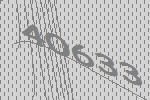
40633